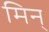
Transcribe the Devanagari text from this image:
मिन्‌